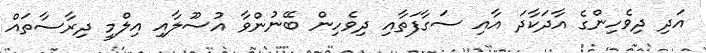
އަދި ދިވެހިންގެ އާދަކާދަ އާއި ސަގާފަތާއި ދިވެހިން ބޭނުންވާ އުސޫލާއި އިލްމީ ދިރާސާތައް